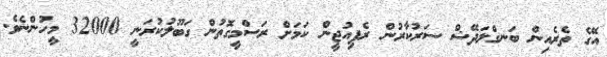
އޭގެ ތެރެއިން ބަނގްލަދޭޝް ސަރުކާރުން ރެފިއުޖީން ކަމަށް ރަސްމީގޮތުން ގަބޫލުކުރަނީ 32000 މީހުންނެވެ.